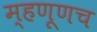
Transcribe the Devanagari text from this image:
म्हणूणच